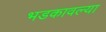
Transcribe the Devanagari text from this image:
भडकावल्या